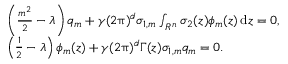
\begin{array} { r l } & { \left( \frac { m ^ { 2 } } { 2 } - \lambda \right) q _ { m } + \gamma ( 2 \uppi ) ^ { d } \sigma _ { 1 , m } \int _ { R ^ { n } } \sigma _ { 2 } ( z ) \phi _ { m } ( z ) \, { \mathrm { d } } z = 0 , } \\ & { \left( \frac { 1 } { 2 } - \lambda \right) \phi _ { m } ( z ) + \gamma ( 2 \uppi ) ^ { d } \Gamma ( z ) \sigma _ { 1 , m } q _ { m } = 0 . } \end{array}